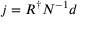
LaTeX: j = R ^ { \dagger } N ^ { - 1 } d